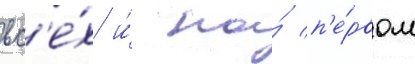
вс'е́х и́ на́ п'е́рвом